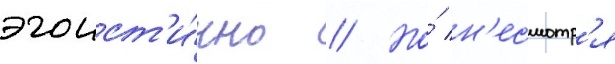
эгоист'и́чно // Но́ н'есмотр'я